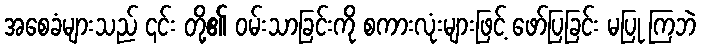
အစေခံများသည် ၎င်း တို့၏ ဝမ်းသာခြင်းကို စကားလုံးများဖြင့် ဖော်ပြခြင်း မပြု ကြဘဲ